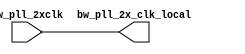
module bw_clk_cl_ctu_2xcmp(bw_pll_2x_clk_local ,bw_pll_2xclk );
output		bw_pll_2x_clk_local ;
input		bw_pll_2xclk ;
assign  bw_pll_2x_clk_local =  bw_pll_2xclk;
endmodule